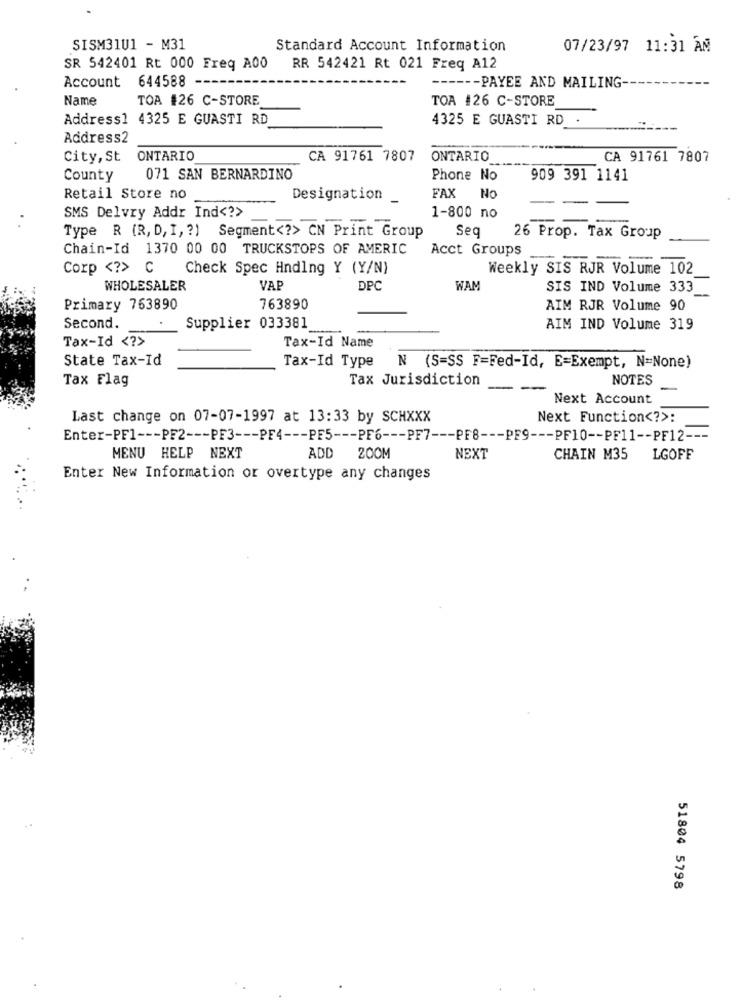
SISM31U1 - M31
Standard Account Information
07/23/97 11:31 AM
SR 542401 Rt 000 Freq A00
RR 542421 Rt 021 Freq A12
Account 644588
---- PAYEE AND MAILING
Name
TOA #26 C-STORE
TOA #26 C-STORE
Address1 4325 E GUASTI RD
4325 E GUASTI RD .
Address2
City, St ONTARIO
CA 91761 7807
ONTARIO
CA 91761 7807
County
071 SAN BERNARDINO
Phone No
909 391 1141
Retail Store no
Designation
FAX
No
SMS Delvry Addr Ind <? >
1-800 no
Type R (R, D, I, ? ) Segment <? > CN Print Group
Seq
26 Prop. Tax Group
Chain-Id 1370 00 00 TRUCKSTOPS OF AMERIC
Acct Groups
Corp <? > C
Check Spec Hndlng Y (Y/N)
Weekly SIS RJR Volume 102
WHOLESALER
VAP
DPC
WAM
SIS IND Volume 333
Primary 763890
763890
AIM RJR Volume 90
Second.
Supplier 033381
AIM IND Volume 319
Tax-Id <? >
Tax-Id Name
State Tax-Id
Tax-Id Type N (S=SS F=Fed-Id, E=Exempt, N=None)
Tax Flag
Tax Jurisdiction
NOTES
Next Account
Last change on 07-07-1997 at 13:33 by SCHXXX
Next Function <? >:
Enter-PF1 --- PF2 --- PF3 --- PF4 --- PF5 --- PF6 --- PF7 --- PF8 --- PF9 --- PF10 -- PF11 -- PF12 ---
MENU HELP NEXT
ADD 200M
NEXT
CHAIN M35
LGOFF
Enter New Information or overtype any changes
51804 5798